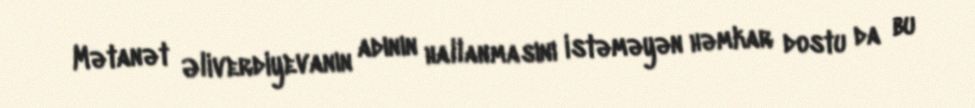
Mətanət Əliverdiyevanın adının hallanmasını istəməyən həmkar dostu da bu